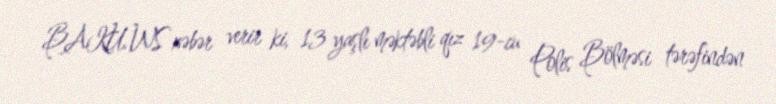
BAKU.WS xəbər verir ki, 13 yaşlı məktəbli qız 19-cu Polis Bölməsi tərəfindən